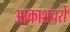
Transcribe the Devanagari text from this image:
आकाशचरों